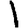
Digit: 1